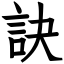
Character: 訣